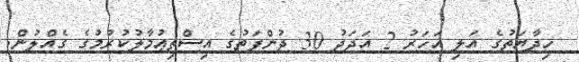
ހިދާޔަތުގެ އަލި އަހަރު 2 އަދަދު 30 ދުންފަތުގެ އިސްތިޢުމާލުކުރުމުގެ ގެއްލުން.